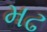
મઢ